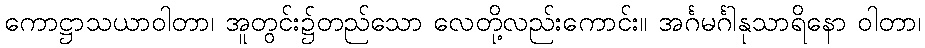
ကောဋ္ဌာသယာဝါတာ၊ အူတွင်း၌တည်သော လေတို့လည်းကောင်း။ အင်္ဂမင်္ဂါနုသာရိနော ဝါတာ၊